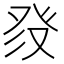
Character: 𱱶